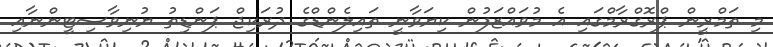
މި ތަމްރީން ޕްރޮގްރާމްގައި އެ މުވައްޒަފުން ކިޔަވާނީ ތައިލެންޑްގެ ދުރަކިޖް ޕަންޑިތު ޔުނިވާސިޓީންނާއި